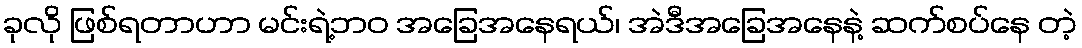
ခုလို ဖြစ်ရတာဟာ မင်းရဲ့ဘဝ အခြေအနေရယ်၊ အဲဒီအခြေအနေနဲ့ ဆက်စပ်နေ တဲ့